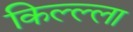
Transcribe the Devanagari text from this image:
किल्ल्ला